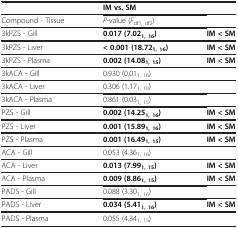
|  | IM vs. SM |  |
 | --- | --- | --- |
 | Compound - Tissue | P-value (Fdf1, df2) |  |
 | 3kPZS - Gill | 0.017 (7.021, 16) | IM < SM |
 | 3kPZS - Liver | < 0.001 (18.721, 16) | IM < SM |
 | 3kPZS - Plasma | 0.002 (14.081, 15) | IM < SM |
 | 3kACA - Gill | 0.930 (0.011, 16) |  |
 | 3kACA - Liver | 0.306 (1.171, 10) |  |
 | 3kACA - Plasma | 0.861 (0.031, 15) |  |
 | PZS - Gill | 0.002 (14.251, 16) | IM < SM |
 | PZS - Liver | 0.001 (15.891, 16) | IM < SM |
 | PZS - Plasma | 0.001 (16.491, 15) | IM < SM |
 | ACA - Gill | 0.053 (4.361, 16) |  |
 | ACA - Liver | 0.013 (7.991, 15) | IM < SM |
 | ACA - Plasma | 0.009 (8.861, 15) | IM < SM |
 | PADS - Gill | 0.088 (3.301, 16) |  |
 | PADS - Liver | 0.034 (5.411, 16) | IM < SM |
 | PADS - Plasma | 0.055 (4.341, 15) |  |